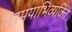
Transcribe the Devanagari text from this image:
विस्मयाभिव्यक्ति